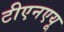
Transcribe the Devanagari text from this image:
टीएनएयू